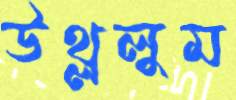
উথ্‌ললুম